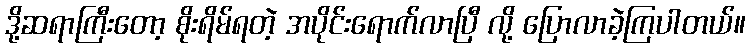
ဒို့ဆရာကြီးတော့ စိုးရိမ်ရတဲ့ အပိုင်းရောက်လာပြီ လို့ ပြောလာခဲ့ကြပါတယ်။